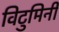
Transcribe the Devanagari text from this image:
विटुमिनी